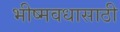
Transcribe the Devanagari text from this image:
भीष्मवधासाठी